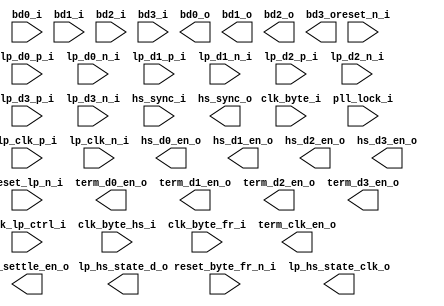
//===========================================================================
// Verilog file generated by Clarity Designer    02/21/2024    13:11:33  
// IP package: CSI-2/DSI D-PHY Receiver 1.6                           
// Copyright(c) 2016 Lattice Semiconductor Corporation. All rights reserved. 
//===========================================================================

module rx_dphy_rx_global_ctrl (
    input  wire	              reset_n_i,
    input  wire	              reset_lp_n_i,
    input  wire	              reset_byte_fr_n_i,
    input  wire               clk_lp_ctrl_i,
    input  wire	              clk_byte_hs_i,
    input  wire	              clk_byte_i,
    input  wire	              clk_byte_fr_i,
    input  wire	              pll_lock_i,         // PLL Lock indicator, active high

    input wire [8-1:0]  bd0_i,
    input wire [8-1:0]  bd1_i,
    input wire [8-1:0]  bd2_i,
    input wire [8-1:0]  bd3_i,
    input wire                lp_clk_p_i,         // LP P on CLK lane
    input wire                lp_clk_n_i,         // LP N on CLK lane
    input wire                lp_d0_p_i,          // LP P on D0 lane
    input wire                lp_d0_n_i,          // LP N on D0 lane
    input wire                lp_d1_p_i,          // LP P on D1 lane
    input wire                lp_d1_n_i,          // LP N on D1 lane
    input wire                lp_d2_p_i,          // LP P on D2 lane
    input wire                lp_d2_n_i,          // LP N on D2 lane
    input wire                lp_d3_p_i,          // LP P on D3 lane
    input wire                lp_d3_n_i,          // LP N on D3 lane
    input wire                hs_sync_i,          // HS sync from Lane Aligner, active high
    output wire [8-1:0] bd0_o,
    output wire [8-1:0] bd1_o,
    output wire [8-1:0] bd2_o,
    output wire [8-1:0] bd3_o,
    output wire               term_clk_en_o,      // Termination Enable on CLK lane for HS mode, active high
    output wire               term_d0_en_o,       // Termination Enable on Data lane 0 for HS mode, active high
    output wire               hs_d0_en_o,   	  // HS mode Enable on Data lane 0, active high
    output wire               term_d1_en_o,       // Termination Enable on Data lane 1 for HS mode, active high
    output wire               hs_d1_en_o,         // HS mode Enable on Data lane 1, active high
    output wire               term_d2_en_o,       // Termination Enable on Data lane 2 for HS mode, active high
    output wire               hs_d2_en_o,         // HS mode Enable on Data lane 2, active high
    output wire               term_d3_en_o,       // Termination Enable on Data lane 3 for HS mode, active high
    output wire               hs_d3_en_o,         // HS mode Enable on Data lane 3, active high
    output wire               hs_sync_o,          // HS sync, active high
    output wire               hs_settle_en_o,
    output wire [1:0]         lp_hs_state_clk_o,  // LP HS state machine (CLK) for debug
    output wire [1:0]         lp_hs_state_d_o     // LP HS state machine (D0) for debug
);

endmodule